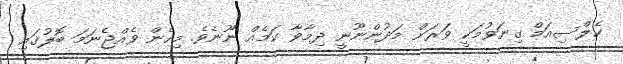
ކެލްސިއަމް ގިނަވުމަކީ ވަރަށް މަދުންނޫނީ ދިމާވާ ކަމެއް ނޫނެވެ. މިހެން ވެއްޖެނަމަ ބޮލުގައި